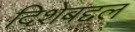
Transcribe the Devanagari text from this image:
दिशेबद्दल